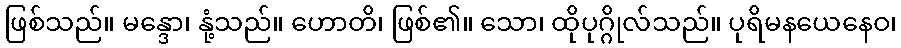
ဖြစ်သည်။ မန္ဒော၊ နုံ့သည်။ ဟောတိ၊ ဖြစ်၏။ သော၊ ထိုပုဂ္ဂိုလ်သည်။ ပုရိမနယေနေဝ၊